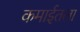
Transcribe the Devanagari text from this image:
कमाईतला